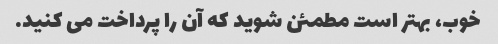
خوب، بهتر است مطمئن شوید که آن را پرداخت می کنید.